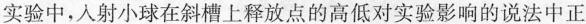
实验中,入射小球在斜槽上释放点的高低对实验影响的说法中正